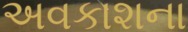
અવકાશના